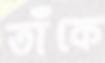
তাঁকে